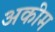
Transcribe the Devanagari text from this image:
अकीम